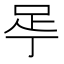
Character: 𬻚